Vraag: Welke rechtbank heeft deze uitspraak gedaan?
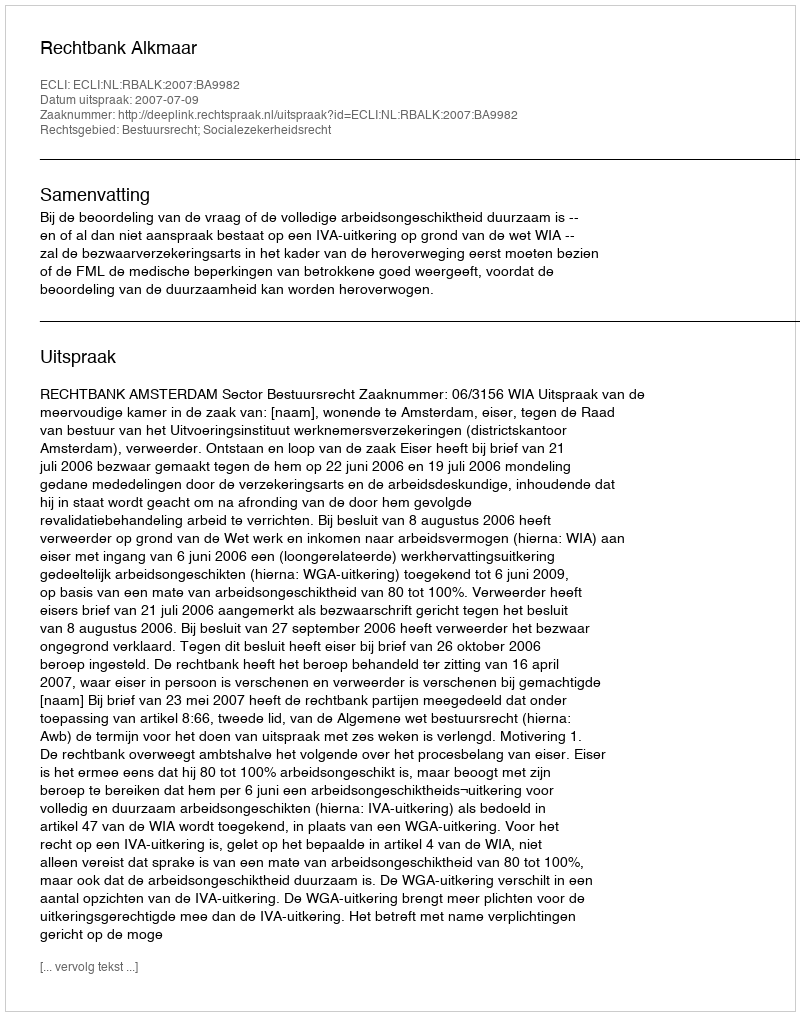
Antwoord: Rechtbank Alkmaar